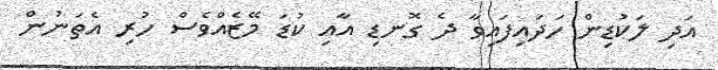
އަދި ލަކުޑިން ހަދައިފައިވާ ދެ ގޮނޑި އާއި ކުޑަ މޭޒެއްވެސް ހުރި އެތަނުން